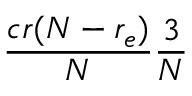
\frac { c r ( N - r _ { e } ) } { N } \frac { 3 } { N }